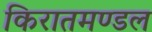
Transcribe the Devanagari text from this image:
किरातमण्डल